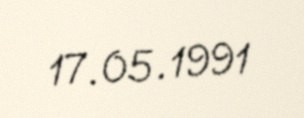
17.05.1991